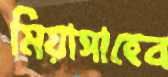
মিয়াসাহেব